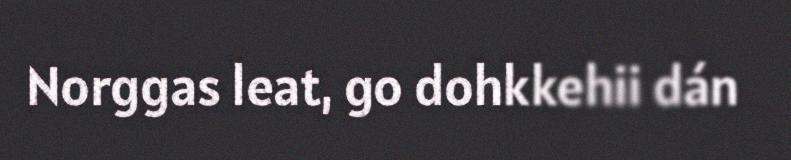
Norggas leat, go dohkkehii dán